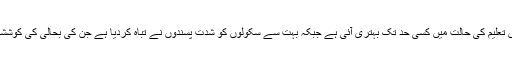
خیبر پختونخوا میں تعلیم کی حالت میں کسی حد تک بہتری آئی ہے جبکہ بہت سے سکولوں کو شدت پسندوں نے تباہ کردیا ہے جن کی بحالی کی کوششیں کی جارہی ہیں۔